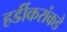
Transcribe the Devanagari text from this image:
हर्डीकरांकडे